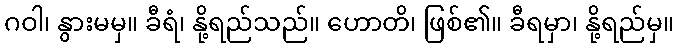
ဂဝါ၊ နွားမမှ။ ခီရံ၊ နို့ရည်သည်။ ဟောတိ၊ ဖြစ်၏။ ခီရမှာ၊ နို့ရည်မှ။